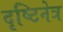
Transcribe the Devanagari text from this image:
दृष्टिनेत्र